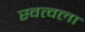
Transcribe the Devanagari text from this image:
स्वत्वला